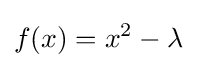
{\displaystyle f(x)=x^{2}-\lambda }